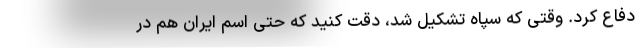
دفاع کرد. وقتی که سپاه تشکیل شد، ‌دقت کنید که حتی اسم ایران هم در